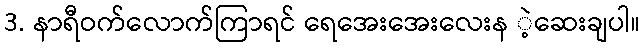
3. နာရီဝက်လောက်ကြာရင် ရေအေးအေးလေးန ဲ့ဆေးချပါ။